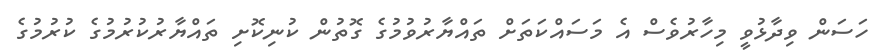
ހަސަން ވިދާޅުވީ މިހާރުވެސް އެ މަސައްކަތަށް ތައްޔާރުވުމުގެ ގޮތުން ކުނިކޮށި ތައްޔާރުކުރުމުގެ ކުރުމުގެ